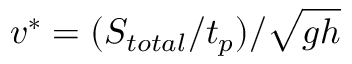
v ^ { * } = ( S _ { t o t a l } / t _ { p } ) / \sqrt { g h }